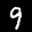
Label: 9